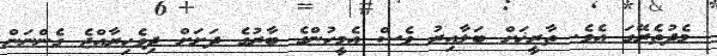
މެދުތެރޭގަ އެވެ. ތާރީޚަށް ބަލާއިރު ވެސް އެމީހުންގެ ބާރުގެ ދަށަށް ދިވެހިރާއްޖެ ގެންނަން